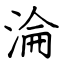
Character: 淪